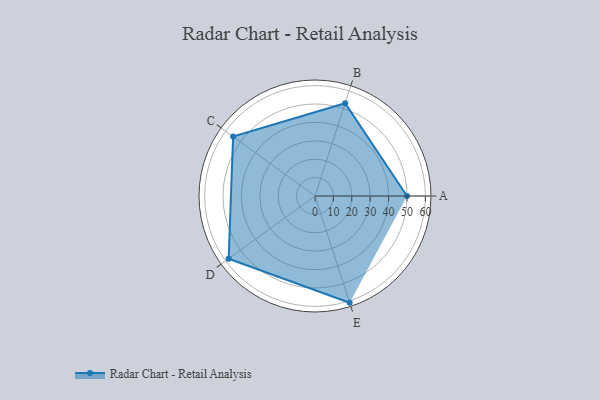
{"axis": {"x": "Skill", "y": "Score"}, "legend": ["Profile"], "data": [{"x": "A", "y": 50.0, "type": "Profile"}, {"x": "B", "y": 53.0, "type": "Profile"}, {"x": "C", "y": 55.0, "type": "Profile"}, {"x": "D", "y": 58.0, "type": "Profile"}, {"x": "E", "y": 61.0, "type": "Profile"}]}